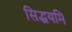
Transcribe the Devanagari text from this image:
सिद्धयमि